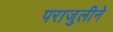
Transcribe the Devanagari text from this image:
पराजुलीने